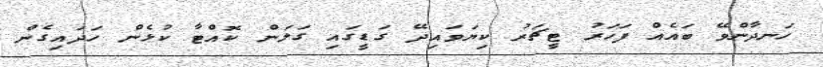
ހަނދާންވޭ ބައެއް ފަހަރު ޓީޗަރު ކިޔަވައިދޭ ގަޑީގައި ގަލަން ކޮއްޓާ ކުޅެން ހަދައިގެން